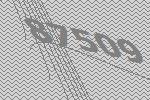
87509